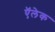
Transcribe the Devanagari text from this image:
ऍलेक